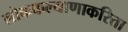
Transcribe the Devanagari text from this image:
लोककल्याणाकरिता